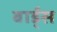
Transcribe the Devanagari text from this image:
बार्ड्स